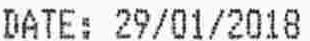
DATE: 29/01/2018